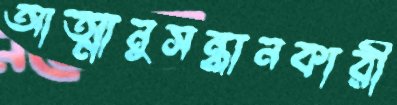
আত্মানুসন্ধানকারী